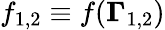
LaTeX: f_{1,2}\equiv f({\mathbf{\Gamma}}_{1,2})